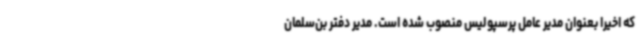
که اخیرا بعنوان مدیر عامل پرسپولیس منصوب شده است. مدیر دفتر بن‌سلمان